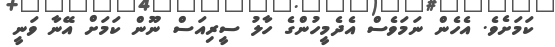
ކަމަށެވެ. އެހެން ނަމަވެސް އެދެމީހުންގެ ހާލު ސީރިއަސް ނޫން ކަމަށް އޭނާ ވަނީ